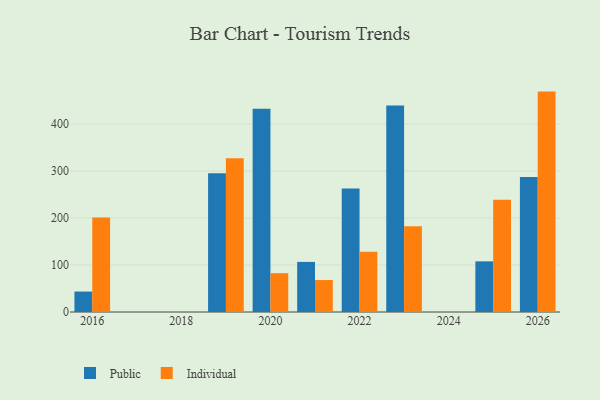
{"axis": {"x": "Year", "y": "Net Income (USD K)"}, "legend": ["Individual", "Public"], "data": [{"x": "2020", "y": 432.7, "type": "Public"}, {"x": "2020", "y": 82.6, "type": "Individual"}, {"x": "2016", "y": 43.5, "type": "Public"}, {"x": "2016", "y": 201.3, "type": "Individual"}, {"x": "2025", "y": 107.8, "type": "Public"}, {"x": "2025", "y": 238.6, "type": "Individual"}, {"x": "2022", "y": 262.8, "type": "Public"}, {"x": "2022", "y": 128.2, "type": "Individual"}, {"x": "2023", "y": 439.3, "type": "Public"}, {"x": "2023", "y": 182.3, "type": "Individual"}, {"x": "2021", "y": 106.6, "type": "Public"}, {"x": "2021", "y": 68.0, "type": "Individual"}, {"x": "2019", "y": 295.0, "type": "Public"}, {"x": "2019", "y": 327.1, "type": "Individual"}, {"x": "2026", "y": 287.5, "type": "Public"}, {"x": "2026", "y": 469.0, "type": "Individual"}]}